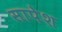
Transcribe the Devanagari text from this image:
सापेश